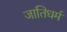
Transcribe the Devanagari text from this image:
जातिधर्म